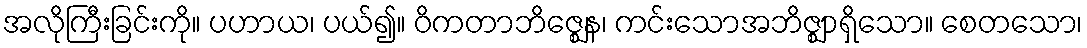
အလိုကြီးခြင်းကို။ ပဟာယ၊ ပယ်၍။ ဝိကတာဘိဇ္ဈေန၊ ကင်းသောအဘိဇ္ဈာရှိသော။ စေတသော၊